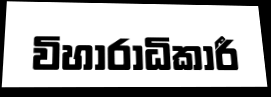
විහාරාධිකාරී